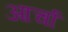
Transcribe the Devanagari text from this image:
आर्चा